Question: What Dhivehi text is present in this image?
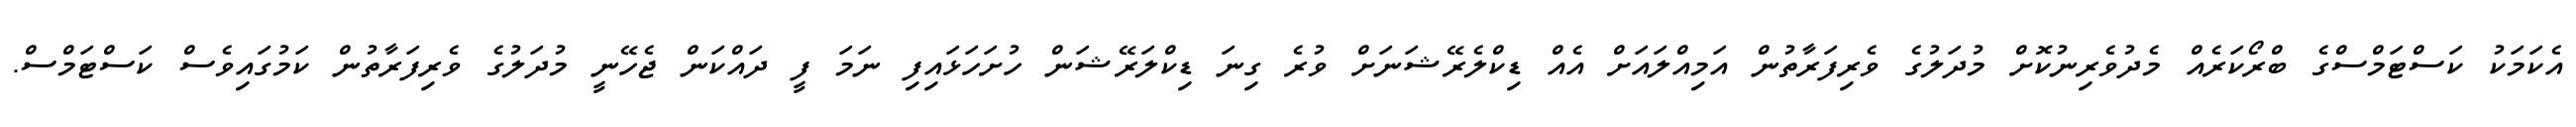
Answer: އެކަމަކު ކަސްޓަމްސްގެ ބްރޯކަރެއް މެދުވެރިނުކޮށް މުދަލުގެ ވެރިފަރާތުން އަމިއްލައަށް އެއް ޑިކްލެރޭޝަނަށް ވުރެ ގިނަ ޑިކްލަރޭޝަން ހުށަހަޅައިފި ނަމަ ފީ ދައްކަން ޖެހޭނީ މުދަލުގެ ވެރިފަރާތުން ކަމުގައިވެސް ކަސްޓަމްސް.